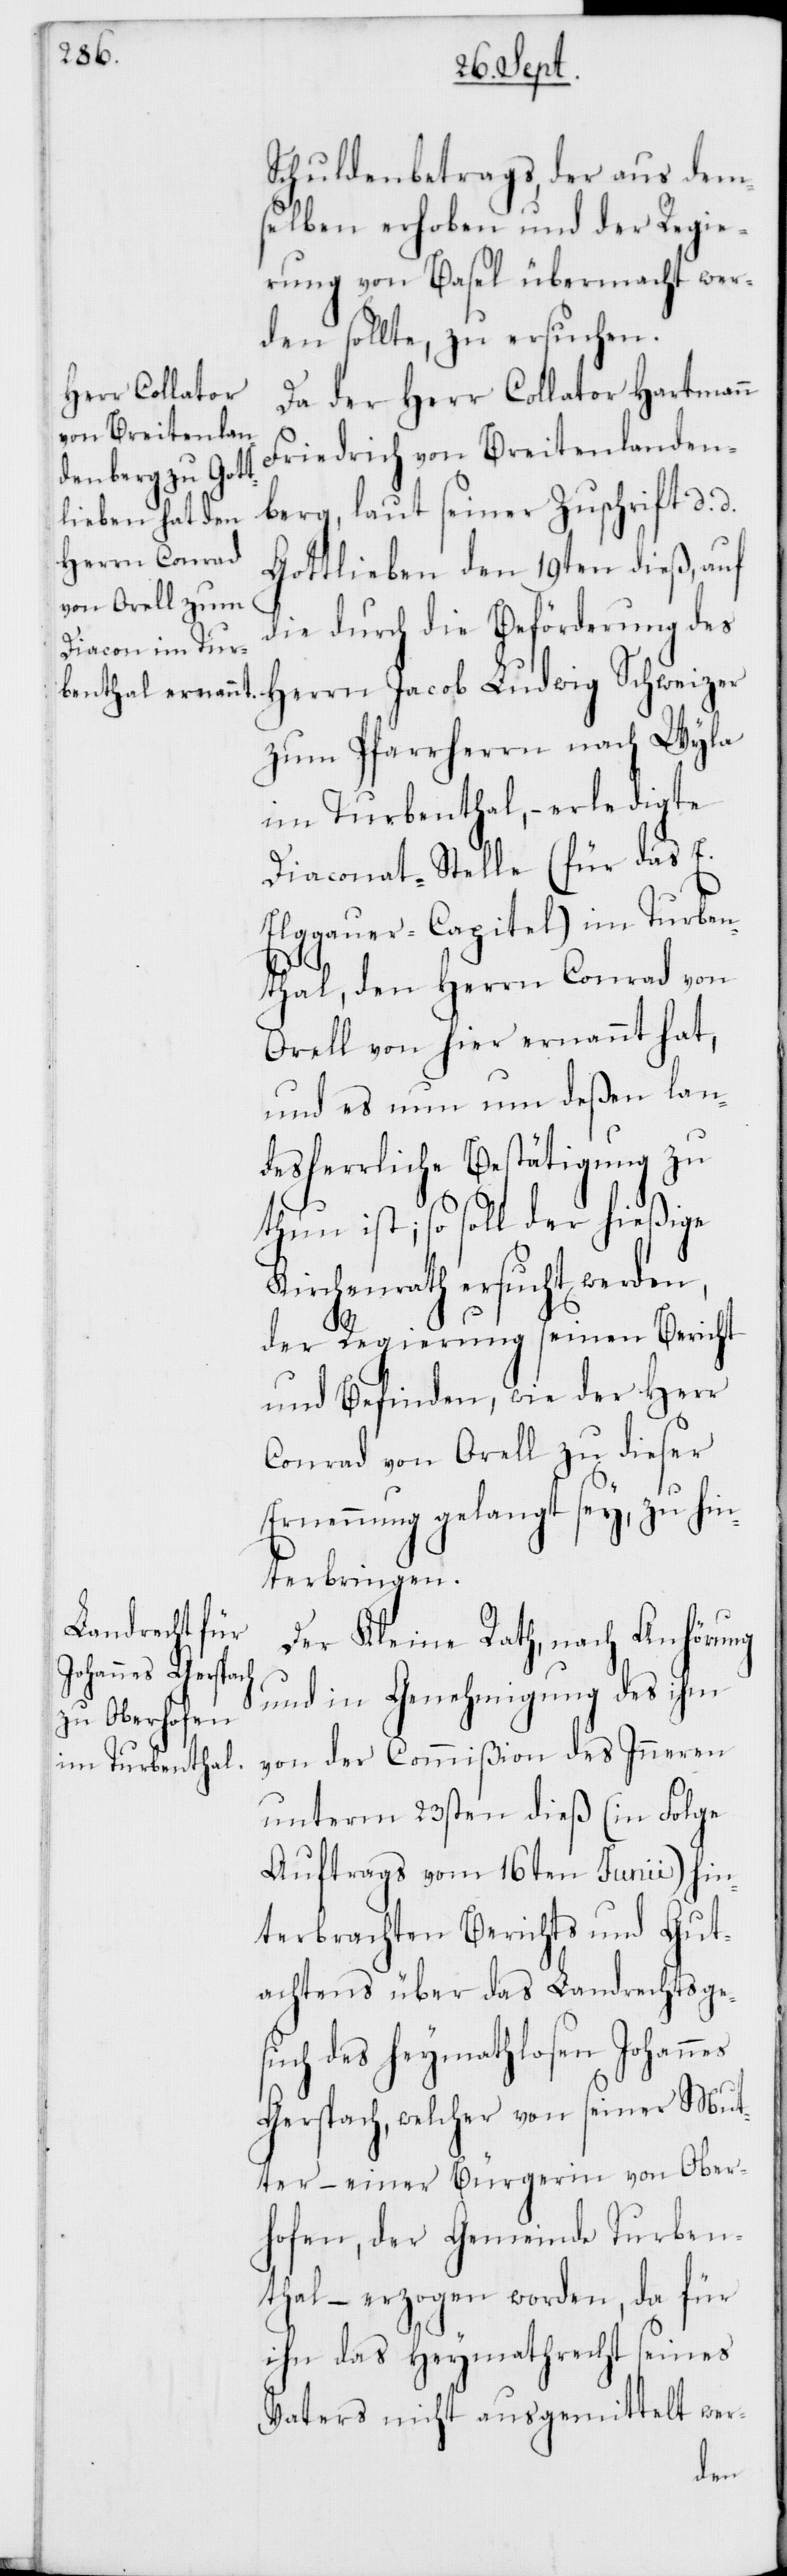
Schuldenbetrags, der aus dem¬
selben erhoben und der Regie¬
rung von Basel übermacht wer¬
den sollte, zu ersuchen.
Da der Herr Collator Hartmann
Friedrich von Breitenlanden¬
berg, laut seiner Zuschrift d. d.
Gottlieben den 19ten dieß, auf
die durch die Beförderung des
Herrn Jacob Ludwig Schweizer
zum Pfarrherrn nach Wyla
im Turbenthal, – erledigte
Diaconat-Stelle (für das E.
Elggauer Capitel) im Turben¬
thal, den Herrn Conrad von
Orell von hier ernannt hat,
und es nun um deßen lan¬
desherrliche Bestätigung zu
thun ist; so soll der hießige
rchenrath ersucht werden,
der Regierung seinen Bericht
und Befinden, wie der Herr
Conrad von Orell zu dieser
Ernennung gelangt sey, zu hin¬
terbringen.
Der Kleine Rath, nach Anhörung
und in Genehmigung des ihm
von der Commißion des Inneren
unterm 23sten dieß (in Folge
Auftrags vom 16ten Junii) hin¬
terbrachten Berichts und Gut¬
achtens über das Landrechtsge¬
such des heymathlosen Johannes
Gerspach, welcher von seiner Mut¬
ter – einer Bürgerin von Ober¬
hofen, der Gemeinde Turben¬
thal – erzogen worden, da für
ihn das Heymathrecht seines
Vaters nicht ausgemittelt wer-
Ki¬